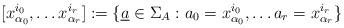
LaTeX: \begin{align*}[x_{\alpha_0}^{i_0},\ldots x_{\alpha_r}^{i_r}]:=\{\underline{a}\in\Sigma_{A} : a_0=x_{\alpha_0}^{i_0},\ldots a_r=x_{\alpha_r}^{i_r}\}\end{align*}